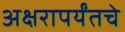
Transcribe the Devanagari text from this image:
अक्षरापर्यंतचे